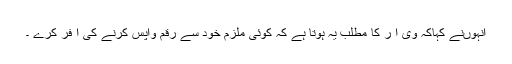
انہوںنے کہاکہ وی آ ر کا مطلب یہ ہوتا ہے کہ کوئی ملزم خود سے رقم واپس کرنے کی آ فر کرے ۔